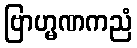
ဗြာဟ္မဏကညံ